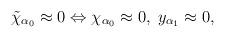
LaTeX: \begin{align*}\tilde{\chi}_{\alpha _{0}}\approx 0\Leftrightarrow \chi _{\alpha_{0}}\approx 0,\;y_{\alpha _{1}}\approx 0, \end{align*}